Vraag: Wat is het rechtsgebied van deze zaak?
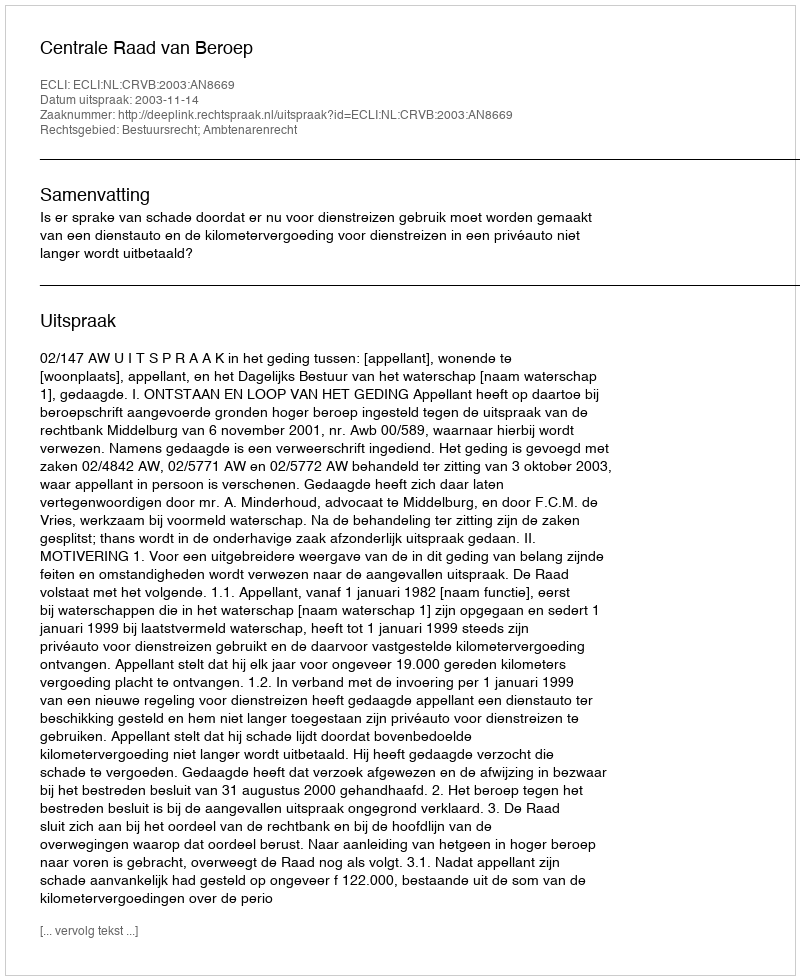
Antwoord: Bestuursrecht; Ambtenarenrecht